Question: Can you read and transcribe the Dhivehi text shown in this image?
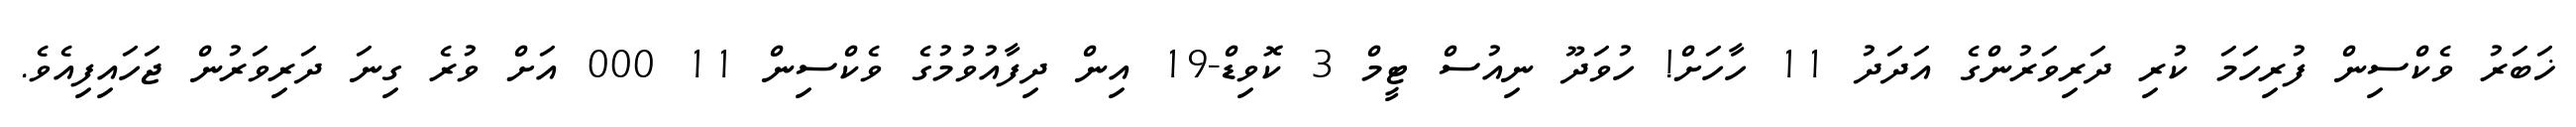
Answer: ޚަބަރު ވެކްސިން ފުރިހަމަ ކުރި ދަރިވަރުންގެ އަދަދު 11 ހާހަށް! ހުވަދޫ ނިއުސް ޓީމް 3 ކޮވިޑް-19 އިން ދިފާއުވުމުގެ ވެކްސިން 11 000 އަށް ވުރެ ގިނަ ދަރިވަރުން ޖަހައިފިއެވެ.